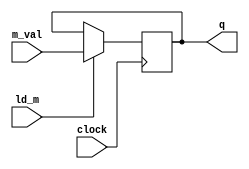
module vpl_mreg_v(m_val,clock,ld_m,q);
	input[7:0] m_val;
	input ld_m,clock;
	output reg[7:0] q;
	
	always@(posedge clock)
		if(ld_m)
			q = m_val;
		else
			q = q;
endmodule